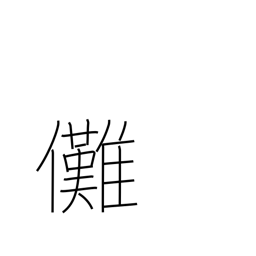
Meaning: exorcism